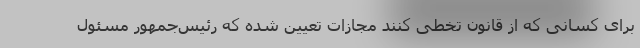
برای کسانی که از قانون تخطی کنند مجازات تعیین شده که رئیس‌جمهور مسئول